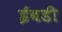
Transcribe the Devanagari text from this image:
ईबडी